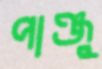
পাঞ্জু